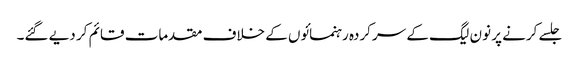
جلسے کرنے پر نون لیگ کے سرکردہ رہنمائوں کے خلاف مقدمات قائم کر دیے گئے۔